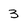
Character: 3